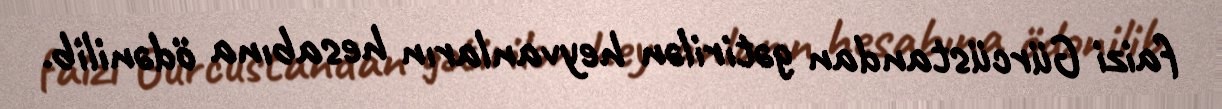
faizi Gürcüstandan gətirilən heyvanların hesabına ödənilib.